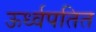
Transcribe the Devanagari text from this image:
ऊर्ध्वपतित